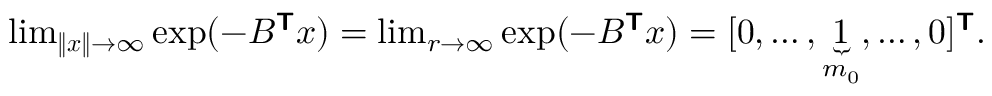
\begin{array} { r } { \operatorname* { l i m } _ { \| \boldsymbol { x } \| \rightarrow \infty } \exp ( - B ^ { \boldsymbol { \mathsf { T } } } \boldsymbol { x } ) = \operatorname* { l i m } _ { r \rightarrow \infty } \exp ( - B ^ { \boldsymbol { \mathsf { T } } } \boldsymbol { x } ) = [ 0 , \ldots , \underbrace { 1 } _ { m _ { 0 } } , \ldots , 0 ] ^ { \boldsymbol { \mathsf { T } } } . } \end{array}